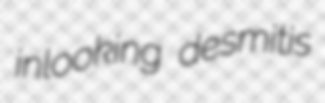
inlooking desmitis